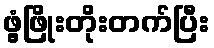
ဖွံ့ဖြိုးတိုးတက်ပြီး